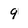
Character: 9